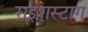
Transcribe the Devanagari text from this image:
राइशस्टाग